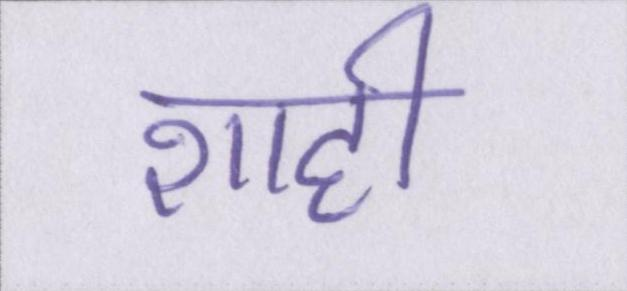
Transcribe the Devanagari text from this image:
शाही